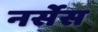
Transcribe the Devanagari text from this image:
नर्सेस